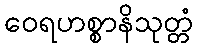
ဝေရဟစ္စာနိသုတ္တံ